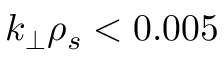
k _ { \perp } \rho _ { s } < 0 . 0 0 5